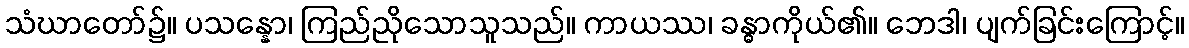
သံဃာတော်၌။ ပသန္နော၊ ကြည်ညိုသောသူသည်။ ကာယဿ၊ ခန္ဓာကိုယ်၏။ ဘေဒါ၊ ပျက်ခြင်းကြောင့်။